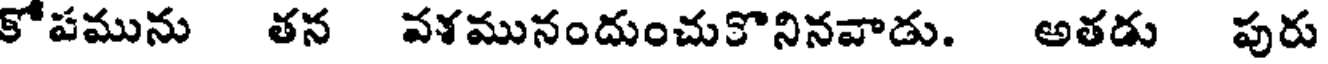
కోపమును తన వళమునందుంచుకొనినవాడు. అతడు పురు